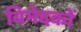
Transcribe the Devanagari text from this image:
विभेदकों